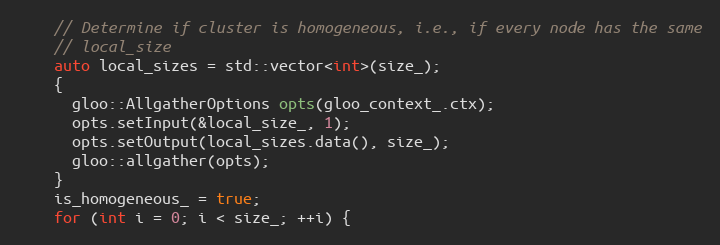
Language: C++
    // Determine if cluster is homogeneous, i.e., if every node has the same
    // local_size
    auto local_sizes = std::vector<int>(size_);
    {
      gloo::AllgatherOptions opts(gloo_context_.ctx);
      opts.setInput(&local_size_, 1);
      opts.setOutput(local_sizes.data(), size_);
      gloo::allgather(opts);
    }
    is_homogeneous_ = true;
    for (int i = 0; i < size_; ++i) {